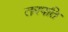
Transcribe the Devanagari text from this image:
तरपति